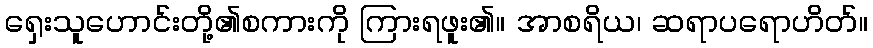
ရှေးသူဟောင်းတို့၏စကားကို ကြားရဖူး၏။ အာစရိယ၊ ဆရာပရောဟိတ်။